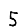
Digit: 5